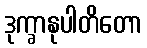
ဒုက္ခာနုပါတိတော